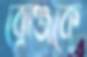
ব্রোঞ্জকে